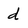
Character: d